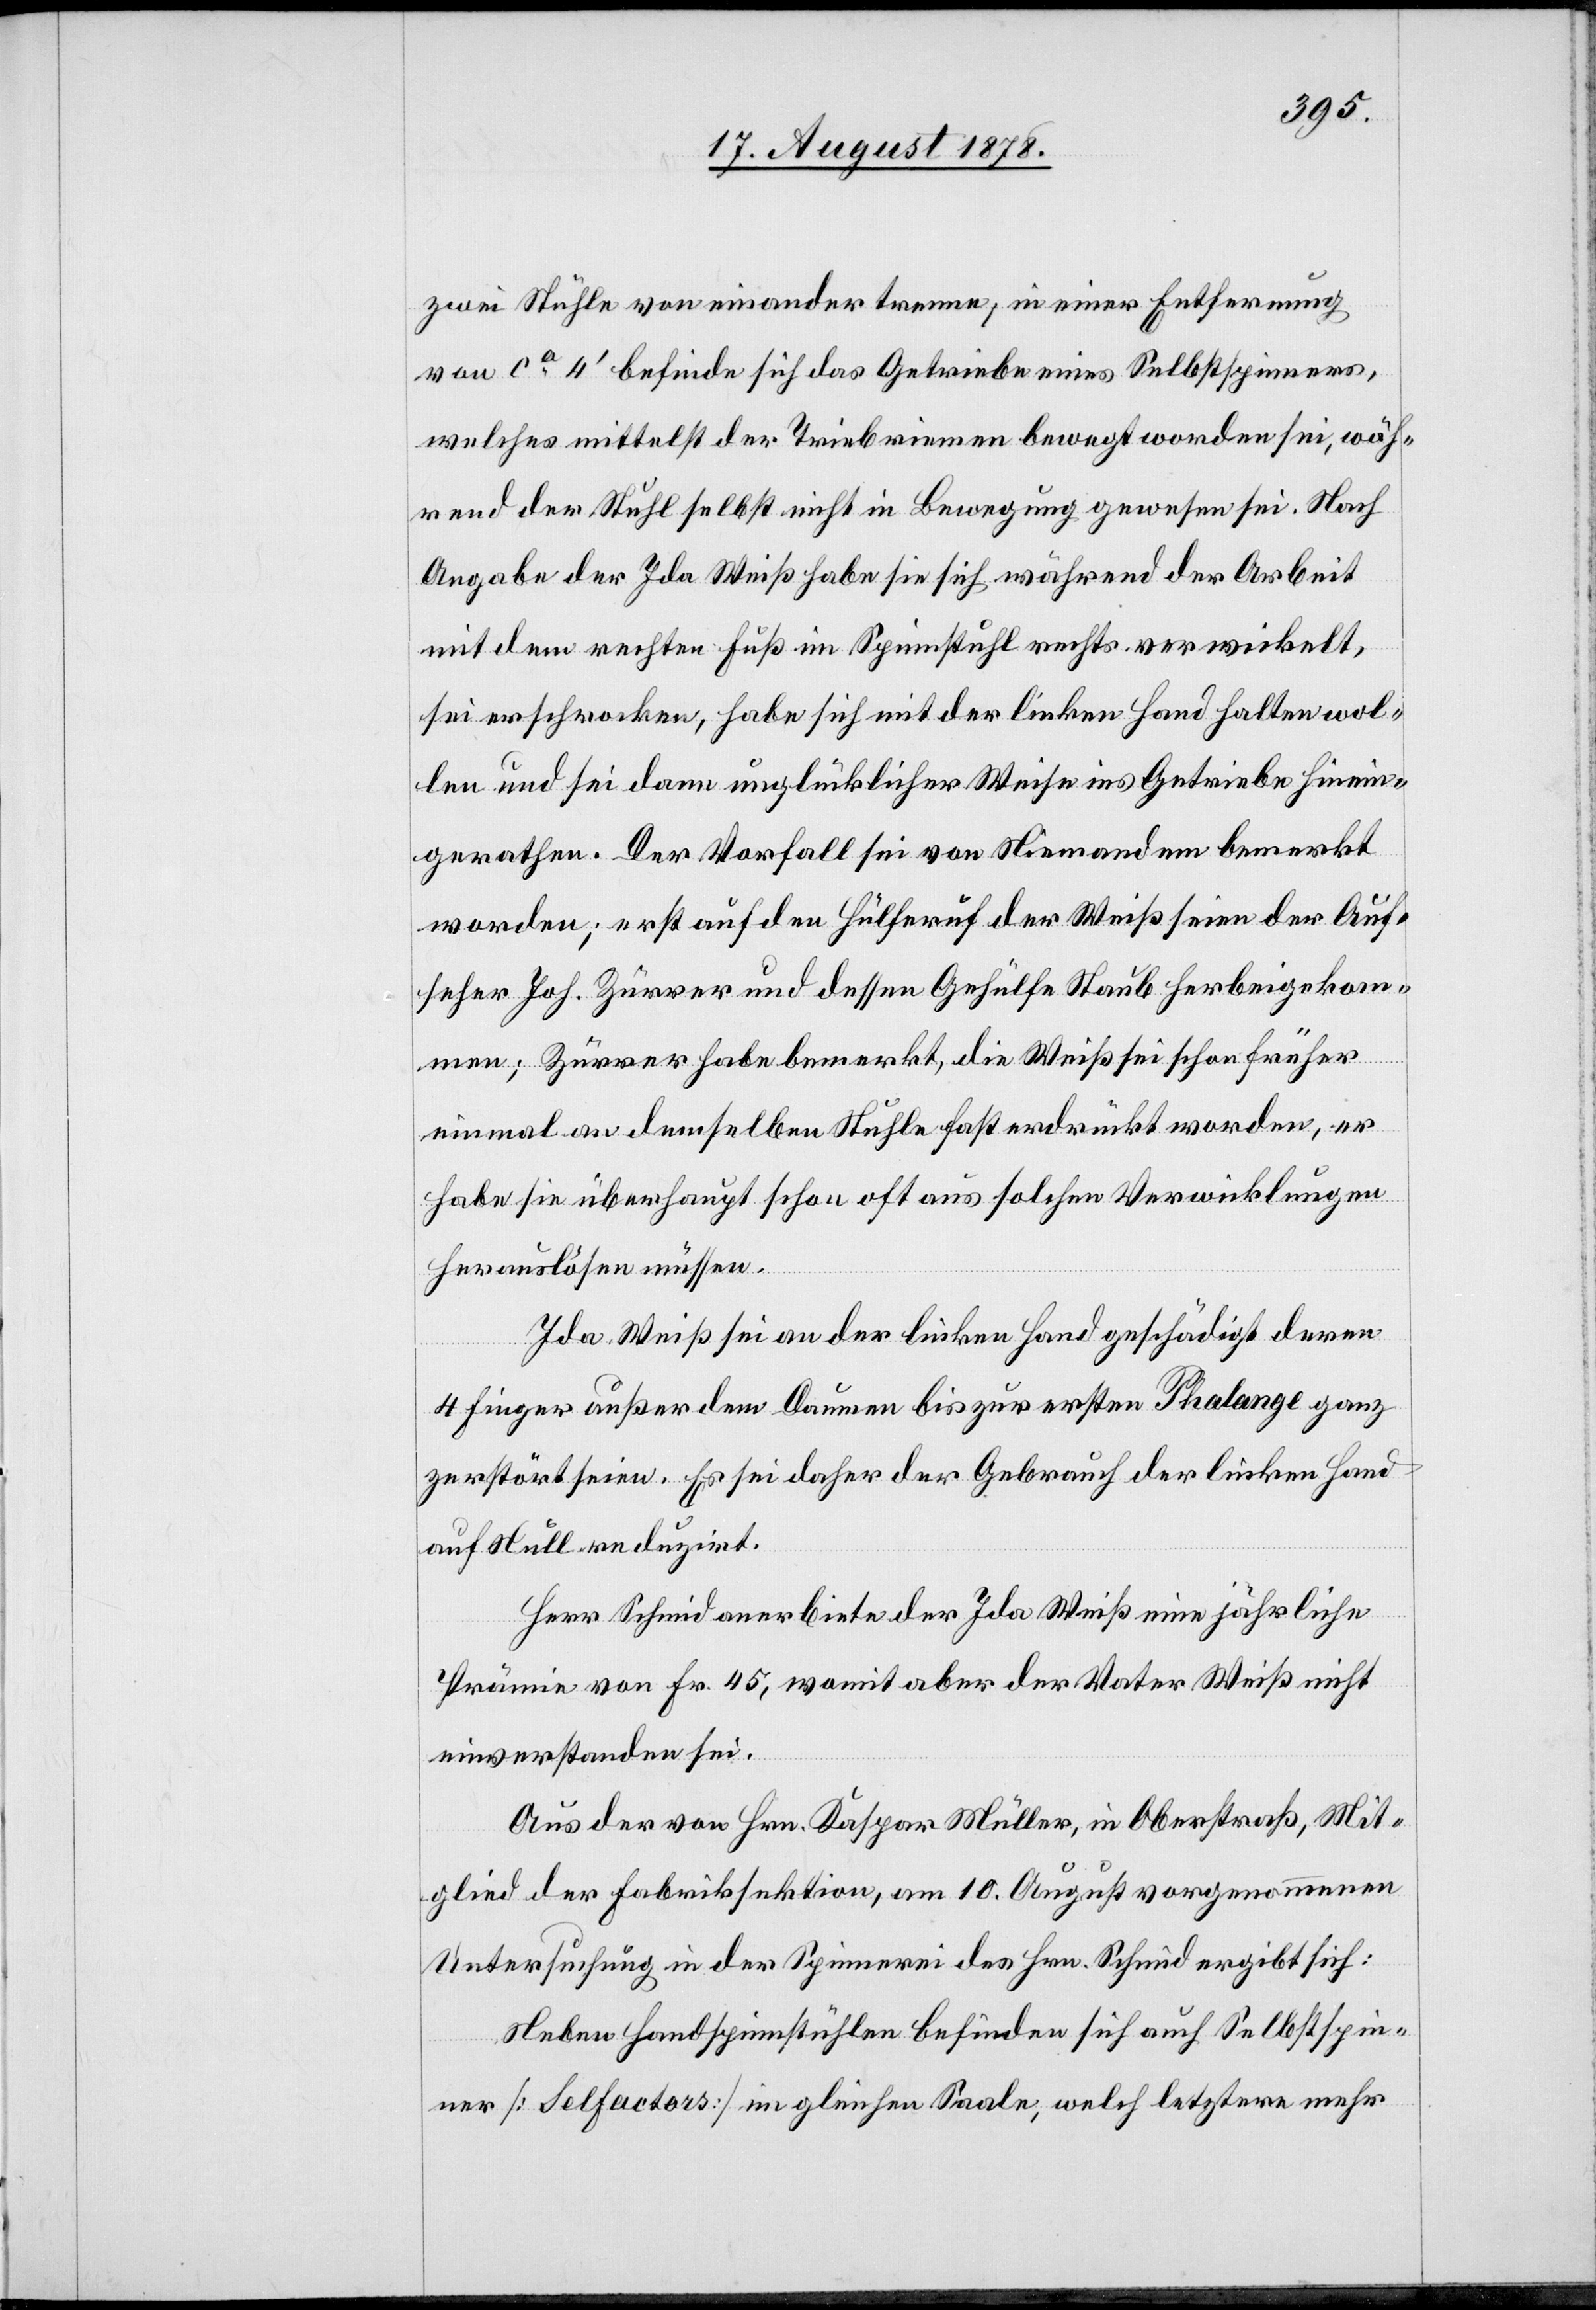
zwei Stühle von einander trenne, in einer Entfernung
von ca 4’ befinde sich das Getriebe eines Selbstspinners,
welches mittelst der Triebriemen bewegt worden sei, wäh¬
rend der Stuhl selbst nicht in Bewegung gewesen sei. Nach
Angabe der Ida Weiß habe sie sich während der Arbeit
mit dem rechten Fuß im Spinnstuhl rechts verwickelt,
sei erschrocken, habe sich mit der linken Hand halten wol¬
len und sei dann unglücklicher Weise ins Getriebe hinein¬
gerathen. Der Vorfall sei von Niemandem bemerkt
worden; erst auf den Hülferuf der Weiß seien der Auf¬
seher Joh. Zürrer und dessen Gehülfe Staub herbeigekom¬
Verwi¬
men; Zürrer habe bemerkt, die Weiß sei schon früher
einmal an demselben Stuhle fast erdrückt worden, er
herauslösen müssen.
Ida Weiß sei an der linken Hand geschädigt deren
cklungen
4 Finger außer dem Daumen bis zur ersten Phalange ganz
zerstört seien. Es sei daher der Gebrauch der linken Hand
auf Null reduzirt.
Herr Schmid anerbiete der Ida Weiß eine jährliche
Prämie von Fr. 45, womit aber der Vater Weiß nicht
einverstanden sei.
Aus der von Hrn. Kaspar Müller, in Oberstraß, Mit¬
glied der Fabriksektion, am 10. August vorgenommenen
Untersuchung in der Spinnerei des Hrn. Schmid ergibt sich:
Neben Handspinnstühlen befinden sich auch Selbstspin¬
ner [Selfactors] im gleichen Saale, welch letztere mehr